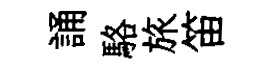
誦駱旅笛